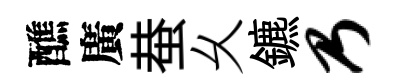
醮廣蛬乆鑣乃